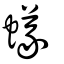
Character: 蟻